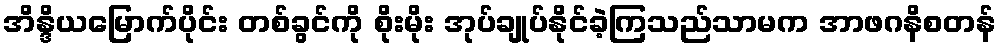
အိန္ဒိယမြောက်ပိုင်း တစ်ခွင်ကို စိုးမိုး အုပ်ချုပ်နိုင်ခဲ့ကြသည်သာမက အာဖဂနိစတန်